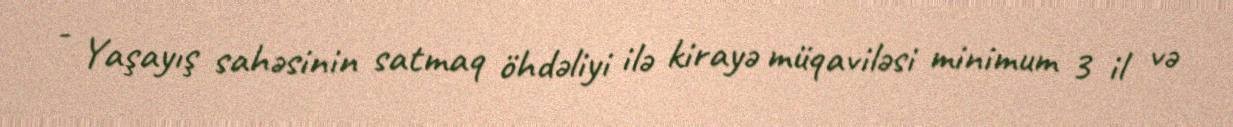
- Yaşayış sahəsinin satmaq öhdəliyi ilə kirayə müqaviləsi minimum 3 il və